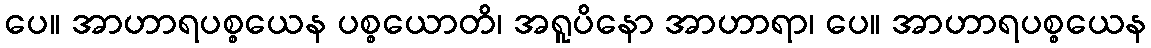
ပေ။ အာဟာရပစ္စယေန ပစ္စယောတိ၊ အရူပိနော အာဟာရာ၊ ပေ။ အာဟာရပစ္စယေန